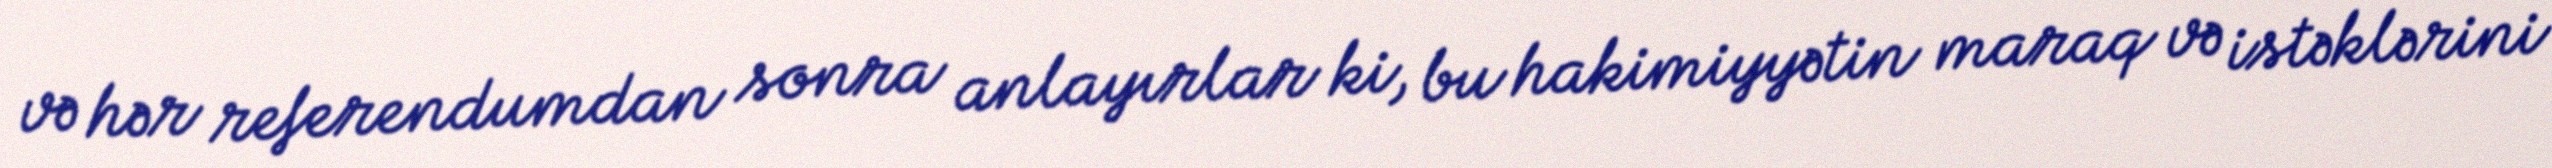
və hər referendumdan sonra anlayırlar ki, bu hakimiyyətin maraq və istəklərini